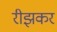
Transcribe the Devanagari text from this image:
रीझकर